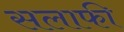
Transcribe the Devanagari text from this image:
सलाफी